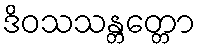
ဒိဝသသန္တတ္တော